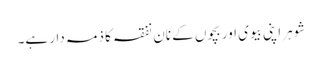
شوہر اپنی بیوی اور بچوں کے نان نفقہ کا ذمہ دار ہے۔